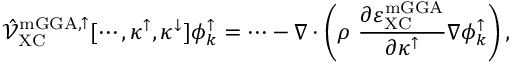
\hat { \mathcal { V } } _ { \mathrm { X C } } ^ { \mathrm { m G G A , \uparrow } } [ \cdots , \kappa ^ { \uparrow } , \kappa ^ { \downarrow } ] \phi _ { k } ^ { \uparrow } = \cdots - \nabla \cdot \left( \rho \ \frac { \partial \varepsilon _ { \mathrm { X C } } ^ { \mathrm { m G G A } } } { \partial \kappa ^ { \uparrow } } \nabla \phi _ { k } ^ { \uparrow } \right) ,